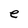
Character: e